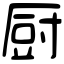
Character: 厨